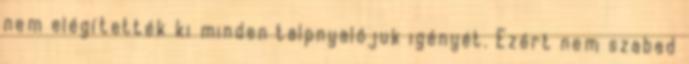
nem elégítették ki minden talpnyalójuk igényét. Ezért nem szabad